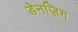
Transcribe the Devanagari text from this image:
डेनज़िग